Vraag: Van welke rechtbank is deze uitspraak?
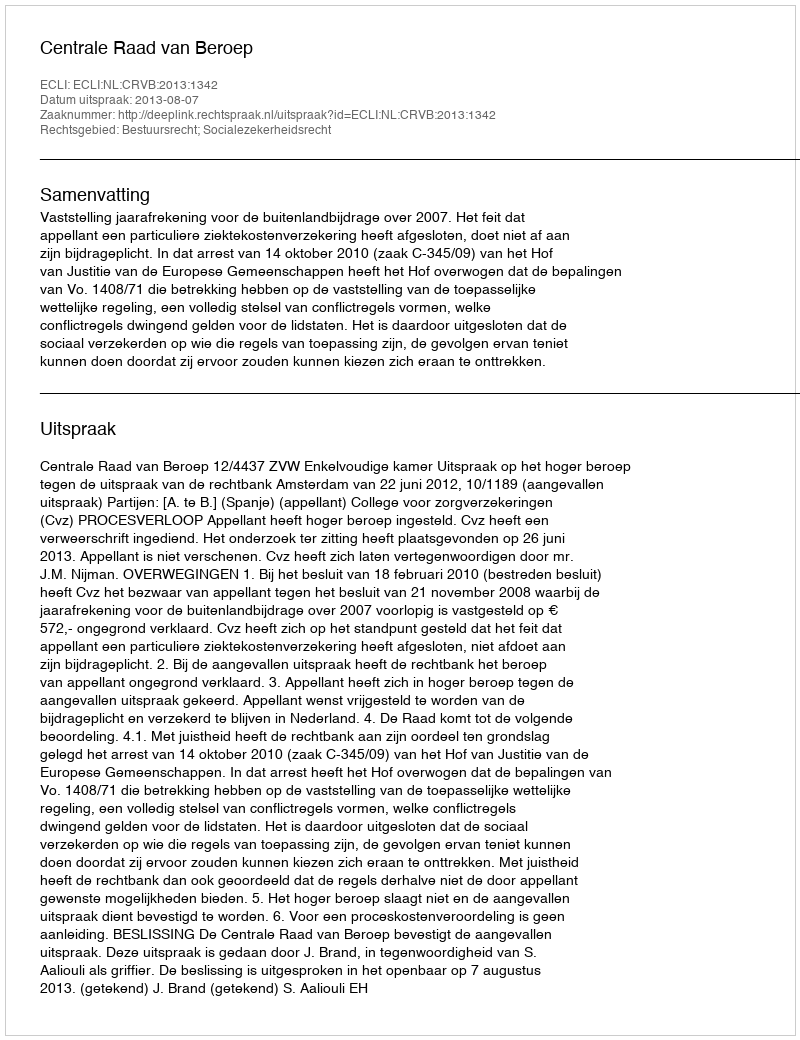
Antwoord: Centrale Raad van Beroep